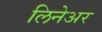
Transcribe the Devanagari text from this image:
लिनेअर